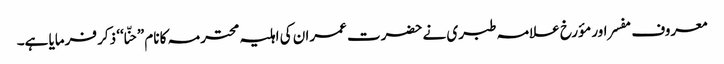
معروف مفسر اور مؤرخ علامہ طبری نے حضرت عمران کی اہلیہ محترمہ کا نام ”حنّا‘‘ ذکر فرمایا ہے۔